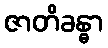
ဇာတိခန္ဓာ